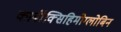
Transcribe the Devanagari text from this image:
कार्बॉक्सिहिमोग्लोबिन